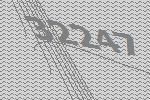
32247